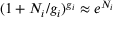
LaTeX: ( 1 + N _ { i } / g _ { i } ) ^ { g _ { i } } \approx e ^ { N _ { i } }